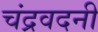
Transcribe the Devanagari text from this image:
चंद्रवदनी